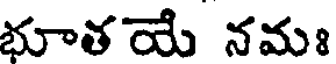
భూతయే నమః